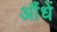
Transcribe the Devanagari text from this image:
औंधें